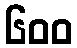
၆၀၀